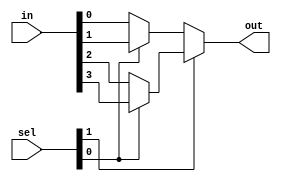
module sys2 (out,sel,in);

output out;
input  [3:0]in;
input  [1:0]sel;
wire out1,out2;

assign out1 = sel[0] ? in[1] : in[0];
assign out2 = sel[0] ? in[3] : in[2];
assign out  = sel[1] ? out2  : out1;


endmodule